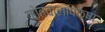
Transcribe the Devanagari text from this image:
कोतवालांपेक्षा